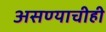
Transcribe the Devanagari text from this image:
असण्याचीही